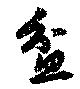
盆